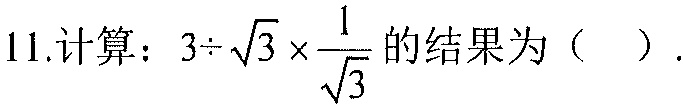
11.计算：\(3\div\sqrt{3}\times\frac{1}{\sqrt{3}}\)的结果为（  ）.